Calcutta medical institutions reports 1871-78
Year: 1871
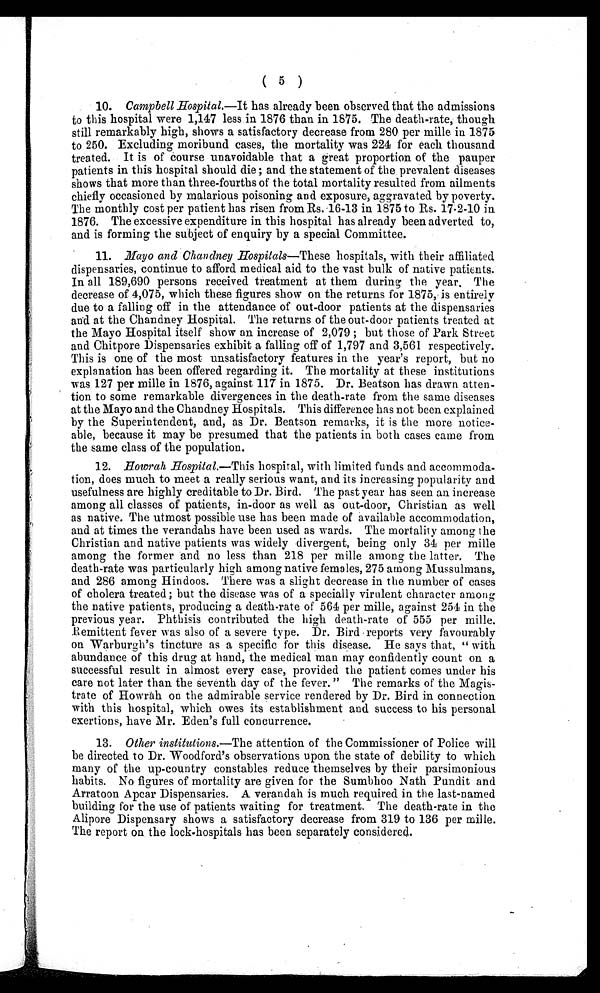
( 5 )
10. Campbell Hospital.—It has already been observed that the admissions
to this hospital were 1,147 less in 1876 than in 1875. The death-rate, though
still remarkably high, shows a satisfactory decrease from 280 per mille in 1875
to 250. Excluding moribund cases, the mortality was 224 for each thousand
treated. It is of course unavoidable that a great proportion of the pauper
patients in this hospital should die; and the statement of the prevalent diseases
shows that more than three-fourths of the total mortality resulted from ailments
chiefly occasioned by malarious poisoning and exposure, aggravated by poverty.
The monthly cost per patient has risen from Rs. 16-13 in 1875 to Rs. 17-2-10 in
1876. The excessive expenditure in this hospital has already been adverted to,
and is forming the subject of enquiry by a special Committee.
11. Mayo and Chandney Hospitals—These hospitals, with their affiliated
dispensaries, continue to afford medical aid to the vast bulk of native patients.
In all 189,690 persons received treatment at them during the year. The
decrease of 4,075, which these figures show on the returns for 1875, is entirely
due to a falling off in the attendance of out-door patients at the dispensaries
and at the Chandney Hospital. The returns of the out-door patients treated at
the Mayo Hospital itself show an increase of 2,079; but those of Park Street
and Chitpore Dispensaries exhibit a fallin g off of 1,797 and 3,561 respectively.
This is one of the most unsatisfactory features in the year's report, but no
explanation has been offered regarding it. The mortality at these institutions
was 127 per mille in 1876, against 117 in 1875. Dr. Beatson has drawn atten-
tion to some remarkable divergences in the death-rate from the same diseases
at the Mayo and the Chandney Hospitals. This difference has not been explained
by the Superintendent, and, as Dr. Beatson remarks, it is the more notice-
able, because it may be presumed that the patients in both cases came from
the same class of the population.
12.
Howrah Hospital.—This hospital, with limited funds and accommoda-
tion, does much to meet a really serious want, and its increasing popularity and
usefulness are highly creditable to Dr. Bird. The past year has seen an increase
among all classes of patients, in-door as well as out-door, Christian as well
as native. The utmost possible use has been made of available accommodation,
and at times the verandahs have been used as wards. The mortality among the
Christian and native patients was widely divergent, being only 34 per mille
among the former and no less than 218 per mille among the latter. The
death-rate was particularly high among native females, 275 among Mussulmans,
and 286 among Hindoos. There was a slight decrease in the number of cases
of chol er a t r eat ed; but t he di s eas e was of a s peci al l y vi r ul ent char act er among
the native patients, producing a death-rate of 564 per mille, against 254 in the
previous year. Phthisis contributed the high death-rate of 555 per mille.
Remittent fever was also of a severe type. Dr. Bird reports very favourably
on Warburgh's tincture as a specific for this disease. He says that, "with
abundance of this drug at hand, the medical man may confidently count on a
successful result in almost every case, provided the patient comes under his
care not later than the seventh day of the fever." The remarks of the Magis-
trate of Howrah on the admirable service rendered by Dr. Bird in connection
with this hospital, which owes its establishment and success to his personal
exertions, have Mr. Eden's full concurrence.
13. Other institutions.—The attention of the Commissioner of Police will
be directed to Dr. Woodford's observations upon the state of debility to which
many of the up-country constables reduce themselves by their parsimonious
habits. No figures of mortality are given for the Sumbhoo Nath Pundit and
Arratoon Apcar Dispensaries. A verandah is much required in the last-named
building for the use of patients waiting for treatment. The death-rate in the
Alipore Dispensary shows a satisfactory decrease from 319 to 136 per mille.
The report on the lock-hospitals has been separately considered.